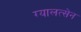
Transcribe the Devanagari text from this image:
ग्यालत्सेन